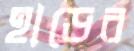
হাডের